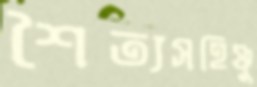
শৈত্যসহিষ্ণু